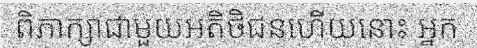
ពិភាក្សាជាមួយអតិថិជនហើយនោះ អ្នក